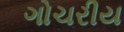
ગોચરીય